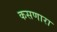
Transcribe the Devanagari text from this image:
कसणारा